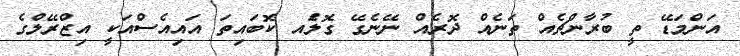
އަންމަޑޭ ތީ ބުރާންޗެއް ތަނެއް ދޮރެއް ނޭނެގޭ ގޮލަެއ ކޮބައިތަ އައިއެސްއަކީ އިޒްރޭލްގެ